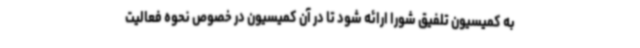
به کمیسیون تلفیق شورا ارائه شود تا در آن کمیسیون در خصوص نحوه فعالیت